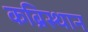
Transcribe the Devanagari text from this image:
कब्रिस्थान